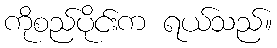
ကိုစည်ပိုင်းက ရယ်သည်။